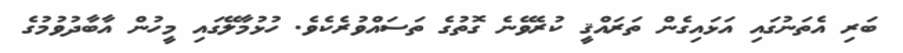
ބަރި އެތަނުގައި އަޅައިގެން ތަރައްޤީ ކުރެވޭނެ ގޮތުގެ ތަސައްވުރެކެވެ. ހުޅުމާލޭގައި މީހުން އާބާދުވުމުގެ